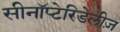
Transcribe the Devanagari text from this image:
सीनॉप्टेरिडेलीज़